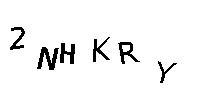
2NHKRY